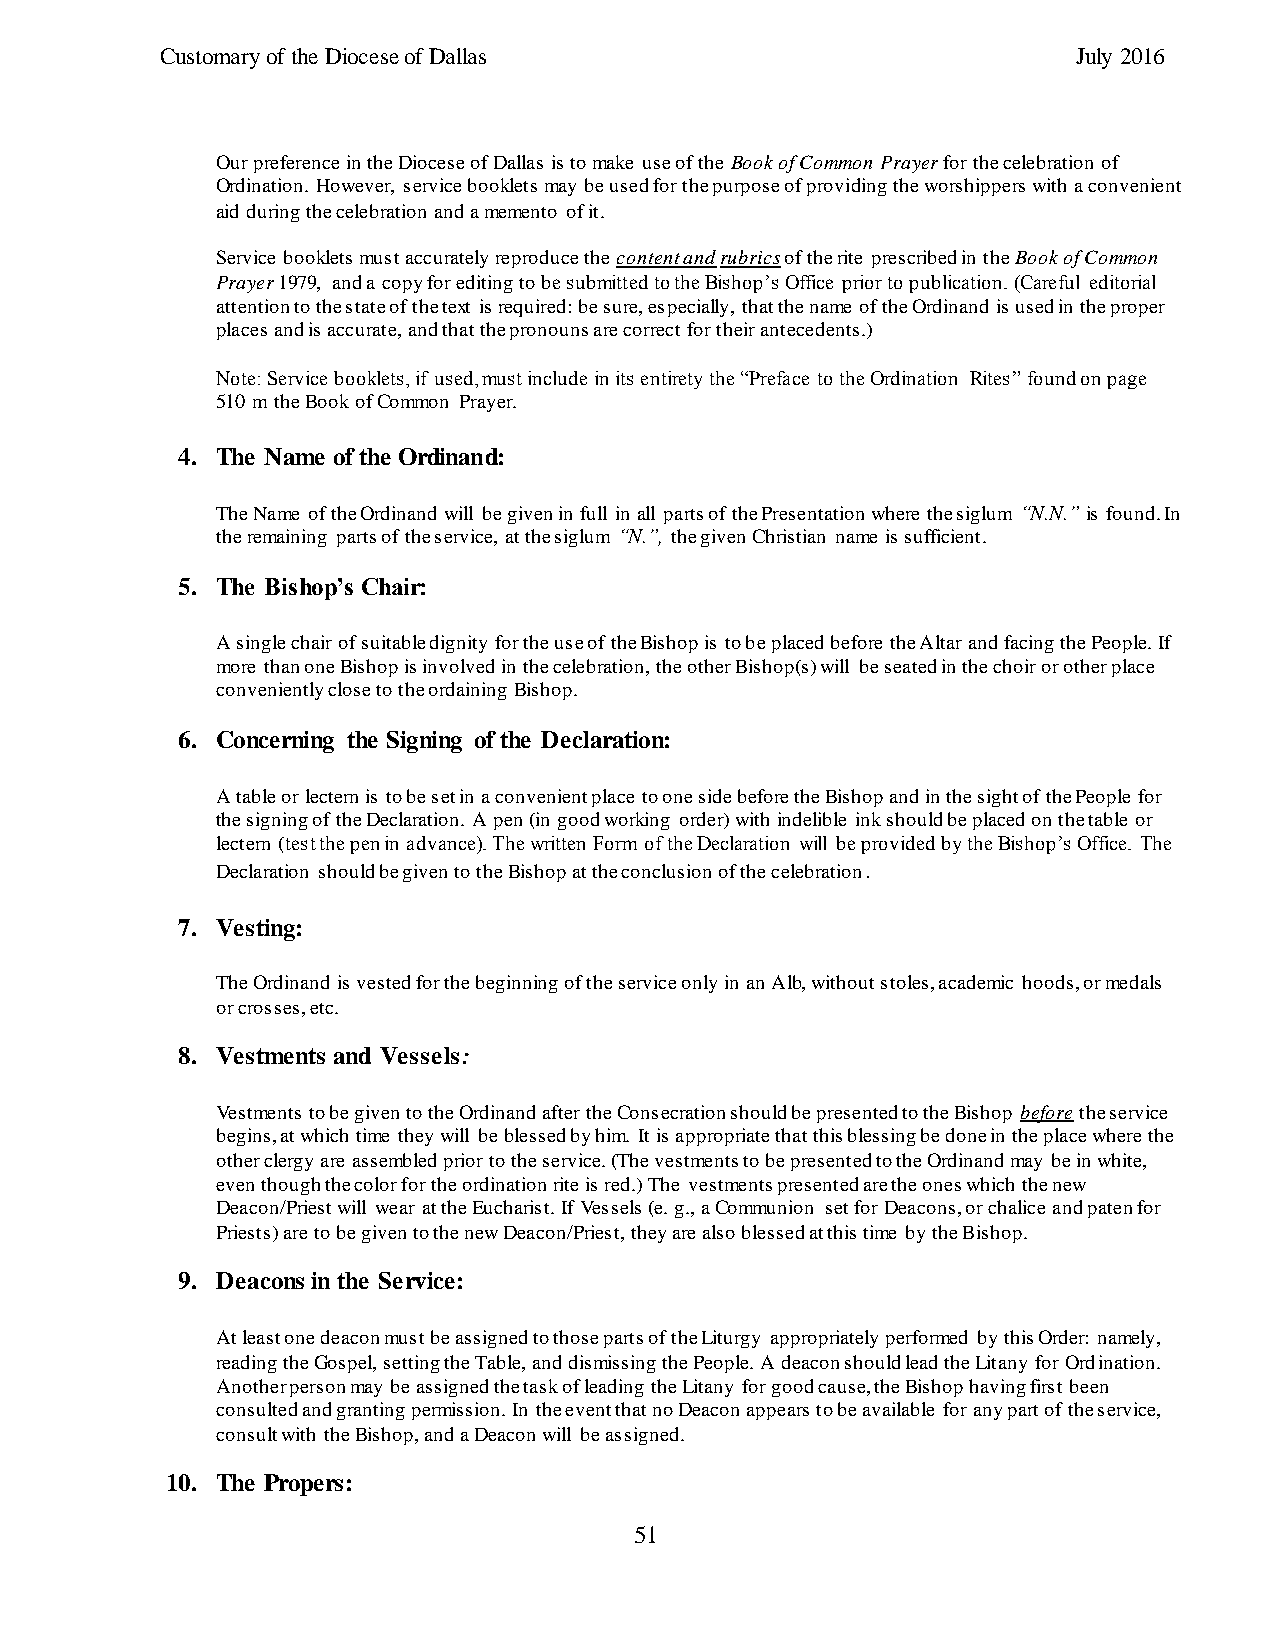
Customary of the Diocese of Dallas                          July 2016
 Our preference in the Diocese of Dallas is to make use of the Book of Common Prayer for the celebration of
 Ordination. However, service booklets may be used for the purpose of providing the worshippers with a convenient
 aid during the celebration and a memento of it.
 Service booklets must accurately reproduce the content and rubrics of the rite prescribed in the Book of Common
 Prayer 1979, and a copy for editing to be submitted to the Bishop’s Office prior to publication. (Careful editorial
 attention to the state of the text is required: be sure, especially, that the name of the Ordinand is used in the proper
 places and is accurate, and that the pronouns are correct for their antecedents.)
 Note: Service booklets, if used, must include in its entirety the “Preface to the Ordination Rites” found on page
 510 m the Book of Common Prayer.
 4. The Name of the Ordinand:
 The Name of the Ordinand will be given in full in all parts of the Presentation where the siglum “N.N.” is found. In
 the remaining parts of the service, at the siglum “N.”, the given Christian name is sufficient.
 5. The Bishop’s Chair:
 A single chair of suitable dignity for the use of the Bishop is to be placed before the Altar and facing the People. If
 more than one Bishop is involved in the celebration, the other Bishop(s) will be seated in the choir or other place
 conveniently close to the ordaining Bishop.
 6. Concerning the Signing of the Declaration:
 A table or lectern is to be set in a convenient place to one side before the Bishop and in the sight of the People for
 the signing of the Declaration. A pen (in good working order) with indelible ink should be placed on the table or
 lectern (test the pen in advance). The written Form of the Declaration will be provided by the Bishop’s Office. The
 Declaration should be given to the Bishop at the conclusion of the celebration.
 7. Vesting:
 The Ordinand is vested for the beginning of the service only in an Alb, without stoles, academic hoods, or medals
 or crosses, etc.
 8. Vestments and Vessels:
 Vestments to be given to the Ordinand after the Consecration should be presented to the Bishop before the service
 begins, at which time they will be blessed by him. It is appropriate that this blessing be done in the place where the
 other clergy are assembled prior to the service. (The vestments to be presented to the Ordinand may be in white,
 even though the color for the ordination rite is red.) The vestments presented are the ones which the new
 Deacon/Priest will wear at the Eucharist. If Vessels (e. g., a Communion set for Deacons, or chalice and paten for
 Priests) are to be given to the new Deacon/Priest, they are also blessed at this time by the Bishop.
 9. Deacons in the Service:
 At least one deacon must be assigned to those parts of the Liturgy appropriately performed by this Order: namely,
 reading the Gospel, setting the Table, and dismissing the People. A deacon should lead the Litany for Ordination.
 Another person may be assigned the task of leading the Litany for good cause, the Bishop having first been
 consulted and granting permission. In the event that no Deacon appears to be available for any part of the service,
 consult with the Bishop, and a Deacon will be assigned.
 10. The Propers:
 51